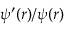
\psi ^ { \prime } ( r ) / \psi ( r )